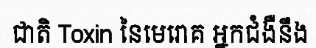
ជាតិ Toxin នៃមេរោគ អ្នកជំងឺនឹង